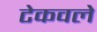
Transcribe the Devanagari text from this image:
टेकवले